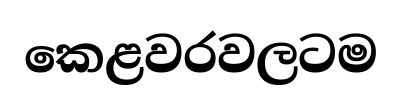
කෙළවරවලටම